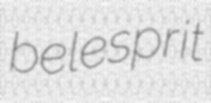
belesprit